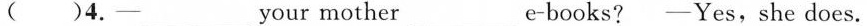
( )4.—___your mother___e-books? —Yes, she does.